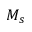
M _ { s }